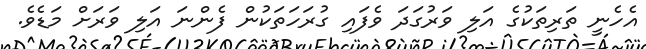
އެހެނީ ތަރިތަކުގެ އަލި ވަރުގަދަ ވެފައި ގުރަހަތަކުން ފެންނަ އަލި ވަރަށް މަޑެވެ.